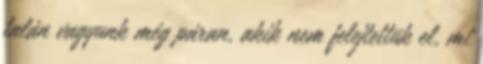
talán vagyunk még páran, akik nem felejtettük el, mi